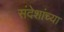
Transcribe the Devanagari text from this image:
संदेशांच्या